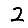
Digit: 2